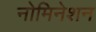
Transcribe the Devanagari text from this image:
नोमिनेशन